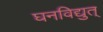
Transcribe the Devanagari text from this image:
घनविद्युत्